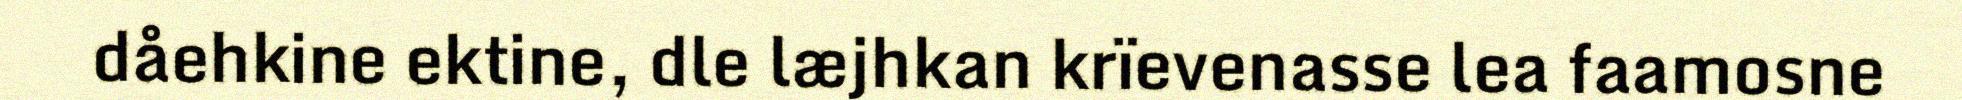
dåehkine ektine, dle læjhkan krïevenasse lea faamosne